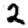
Digit: 2